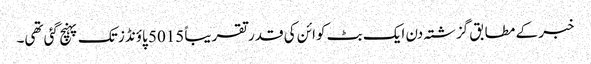
خبر کے مطابق گزشتہ دن ایک بٹ کوائن کی قدر تقریباً 5015 پاؤنڈز تک پہنچ گئی تھی۔